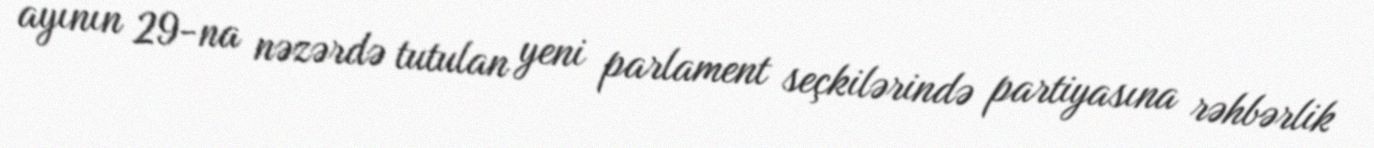
ayının 29-na nəzərdə tutulan yeni parlament seçkilərində partiyasına rəhbərlik